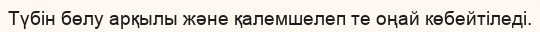
Түбін бөлу арқылы және қалемшелеп те оңай көбейтіледі.